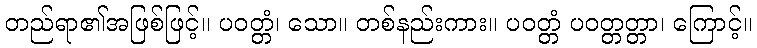
တည်ရာ၏အဖြစ်ဖြင့်။ ပဝတ္တံ၊ သော။ တစ်နည်းကား။ ပဝတ္တံ ပဝတ္တတ္တာ၊ ကြောင့်။